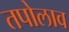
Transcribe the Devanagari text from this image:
तपोलाव